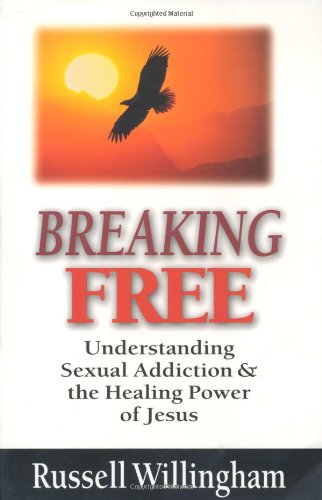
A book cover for Breaking Free: Understanding Sexual Addiction  the Healing Power of Jesus; Russell Willingham; Health, Fitness & Dieting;